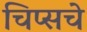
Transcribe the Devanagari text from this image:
चिप्सचे